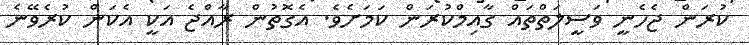
ކުރަން ޖެހެނީ ވަސީލަތްތައް ގާއިމްކުރަން ކަމަށެވެ. އެގޮތުން ރާއްޖެ އަކީ އެކަން ކުރެވޭނެ